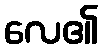
လေ၏